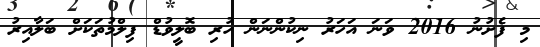
މި ފެށުނު 2016 ވަނަ އަހަރު ނިކުންނަން ހުރި ބޮލީވުޑް ފިލްމުތަކަށް ބަލާއިރު